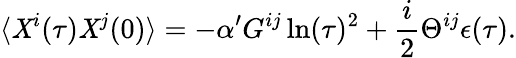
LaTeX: \langle\mathit{X}^{i}(\tau)\mathit{X}^{j}(0)\rangle=-\alpha^{\prime}G^{ij}\ln(\tau)^{2}+\frac{{i}}{{2}}\Theta^{ij}\epsilon(\tau).